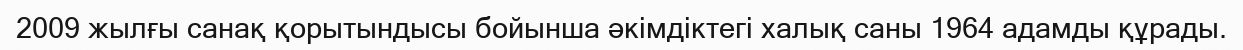
2009 жылғы санақ қорытындысы бойынша әкімдіктегі халық саны 1964 адамды құрады.